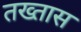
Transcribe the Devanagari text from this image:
तख्तास